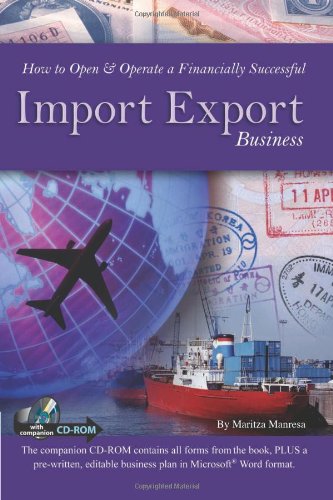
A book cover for How to Open & Operate a Financially Successful Import Export Business (Book & CD-ROM); Maritza Manresa; Business & Money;